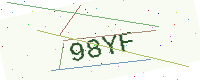
Text: 98YF